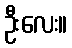
ဦးလေး။